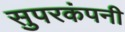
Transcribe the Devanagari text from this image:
सुपरकंपनी